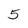
Character: 5